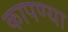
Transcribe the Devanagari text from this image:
कापण्या